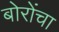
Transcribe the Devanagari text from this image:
बोरोंचा